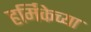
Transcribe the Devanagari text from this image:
हर्मिकेच्या